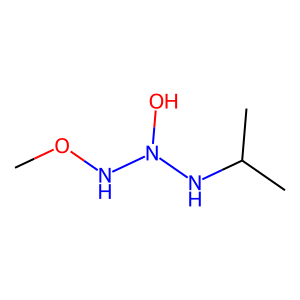
SMILES: CONN(O)NC(C)C
Inhibits HIV replication: No